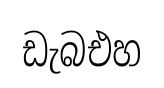
ඩැබඑහ